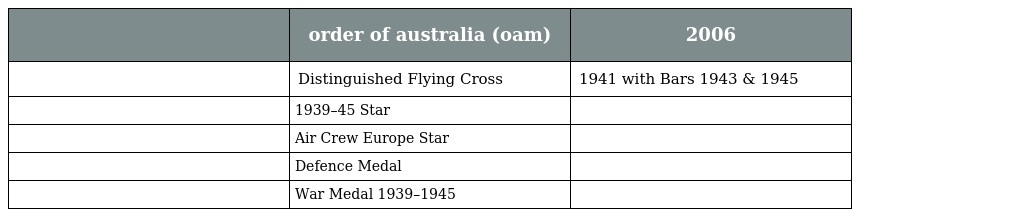
|  | order of australia (oam) | 2006 |
 | --- | --- | --- |
 |  | Distinguished Flying Cross | 1941 with Bars 1943 & 1945 |
 |  | 1939–45 Star |  |
 |  | Air Crew Europe Star |  |
 |  | Defence Medal |  |
 |  | War Medal 1939–1945 |  |